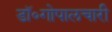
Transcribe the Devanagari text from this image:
डॉ॰गोपालचारी